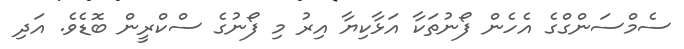
ސެމްސަންގްގެ އެހެން ފޯނުތަކާ އަޅާކިޔާ އިރު މި ފޯނުގެ ސްކްރީން ބޮޑެވެ. އަދި